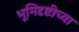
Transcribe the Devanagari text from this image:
भूमिदृष्टीच्या